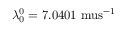
\lambda _ { 0 } ^ { 0 } = 7 . 0 4 0 1 \mathrm { \ m u s } ^ { - 1 }